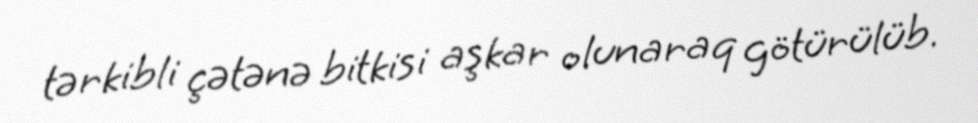
tərkibli çətənə bitkisi aşkar olunaraq götürülüb.